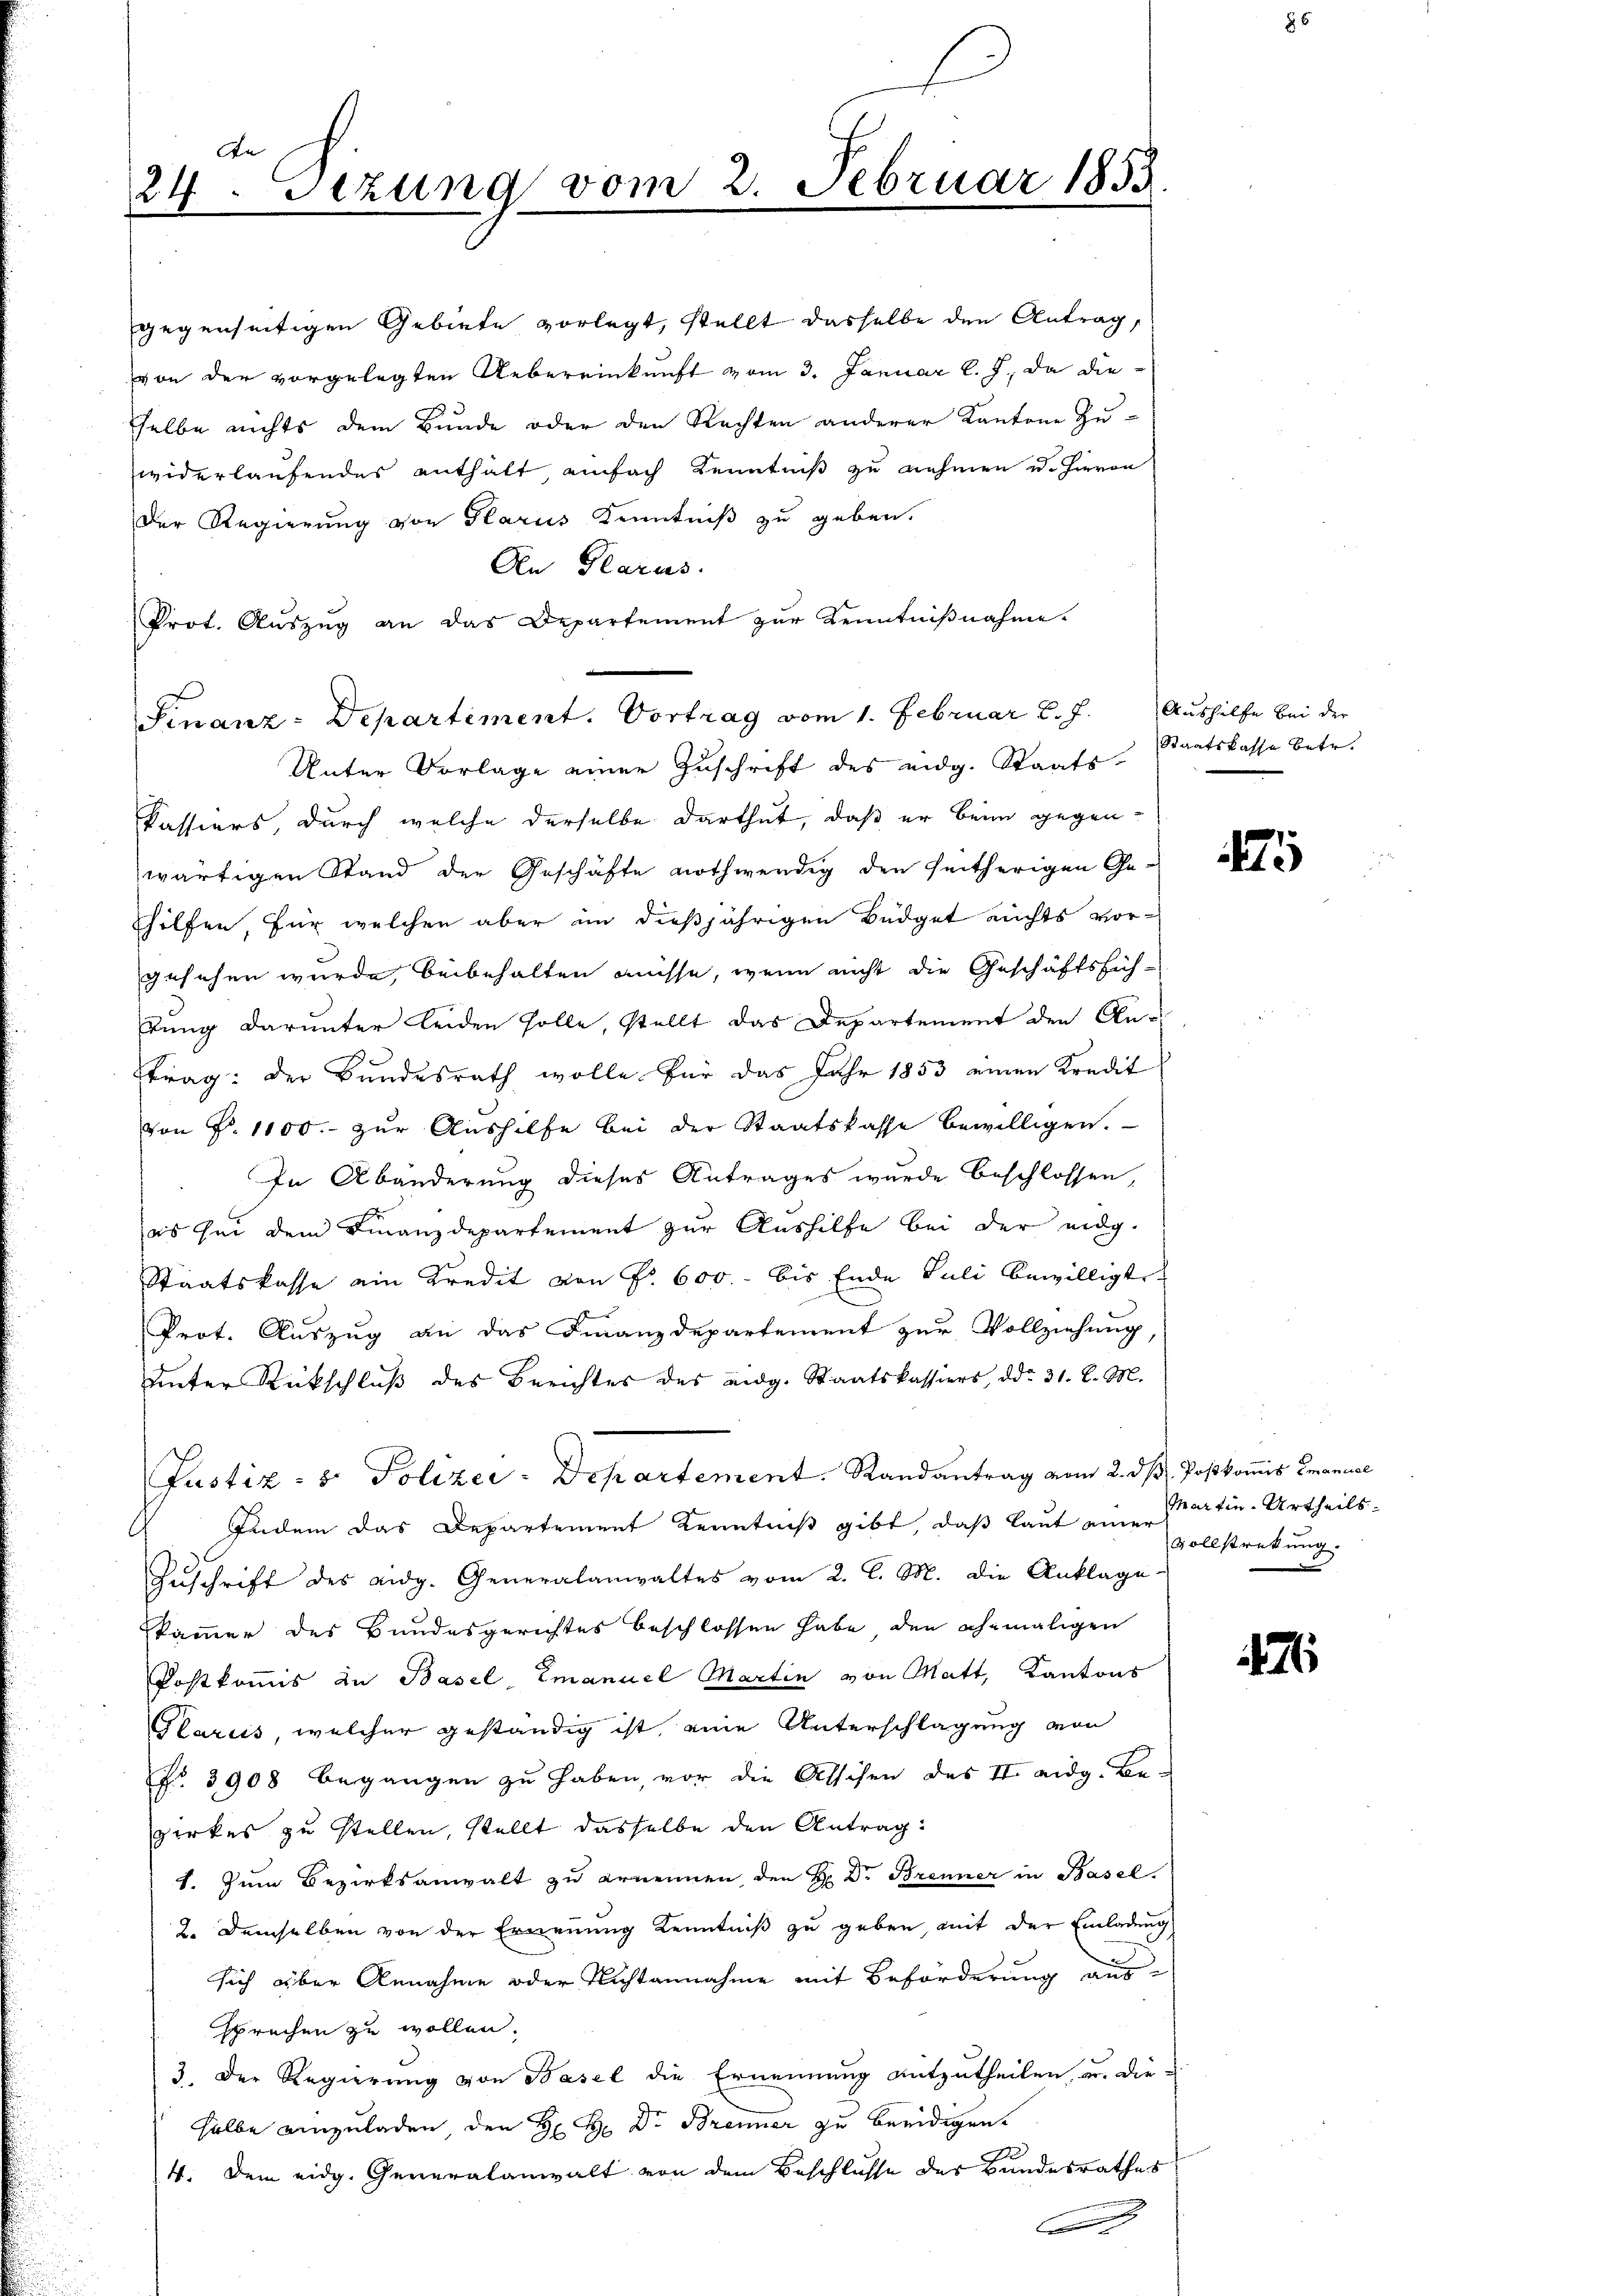
24. Sezung vom 2. Februar 1853.
.

Prot. Auszug an das Departement zur Kenntnißnahme.
Unter Vorlage einer Zuschrift des eidg. Staats¬
Passiers, durch welche derselbe darthut, daß er beim gegenwärtigen Stand der Geschäfte nothwendig den seitherigen Ge¬
Ehilfen für welchen aber in dießjährigen Büdget nichts vorgesehen wurde, beibehalten müsse, wenn nicht die Geschäftsfüh-
kung darunter leiden solle, stellt das Departement den An-
Etrag: der Bundesrath wolle für das Jahr 1853 einen Kredit
von P. 1100.- zur Aushilfe bei der Staatskasse bewilligen.
In Abänderung dieses Antrages wurde beschlossen,
es sei dem Finanzdepartement zur Aushilfe bei der eidg.
Staatskasse ein Kredit von Fr. 600. bis Ende Juli bewilligte
s
Prot. Auszug an das Finanzdepartement zur Vollziehung
unter Rückschluß des Berichtes des eidg. Staatskassiers, ddo 31. l. M.
Justiz- & Polizei-Departement. Randantrag vom 2. dβ. Postkoṁis Emanuel
Indem das Departement Kenntniß gibt, daß laut einer vollstreckung
Zuschrift des eidg. Generalanwaltes vom 2. l. M. die Anklage
kammer des Bundesgerichtes beschlossen habe, den ehemaligen
Postkommis in Basel Emanuel Martin von Matt, Kantons
Stariis, welcher geständig ist, eine Unterschlagung von
No. 3908 begangen zu haben, vor die Aschen des II. eidg. Be-
zirkes zu stellen, stellt dasselbe den Antrag:
1. Zum Bezirksanwalt zu ernennen, den H. Dr Brenner in Basel.
2. Demselben von der Ernennung Kenntniß zu geben, mit der Einladung
sich über Annahme oder Nichtannahme mit Beförderung aus-
sprechen zu wollen.
3. Der Regierung von Basel die Ernennung mitzutheilen, u. die-
selbe einzuladen, den H. H. Dr. Brenner zu beeidigen.
4. Dem eidg. Generalanwalt von dem Beschlüsse der Bundesrathes
.

gegenseitigen Gebiete vorlegt, stellt dasselbe den Antrag,
von der vorgelegten Uebereinkunft vom 3. Januar l. J., da dieselbe nichts dem Bunde oder den Rechten anderer Kantone Zuwiderlaufendes enthält einfach Kenntniß zu nehmen u. Hievon
Der Regierung von Glarus Kenntniß zu geben.
An Glarus.

Finanz-Departement. Vortrag vom 1. Februar l. J. Aushilfe bei der

Staatskasse betr.

5

Martin Urtheils.

7